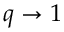
q \rightarrow 1